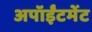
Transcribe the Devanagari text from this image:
अपॉईंटमेंट